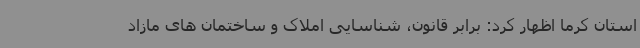
استان کرما اظهار کرد: برابر قانون، شناسایی املاک و ساختمان های مازاد